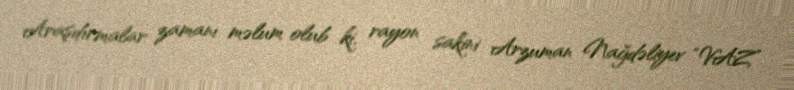
Araşdırmalar zamanı məlum olub ki, rayon sakini Arzuman Nağdəliyev “VAZ”